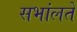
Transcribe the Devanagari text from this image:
सभांलते